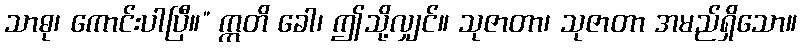
သာဓု၊ ကောင်းပါပြီ။” ဣတိ ခေါ၊ ဤသို့လျှင်။ သုဇာတာ၊ သုဇာတာ အမည်ရှိသော။